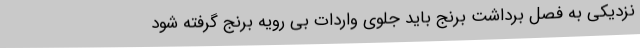
نزدیکی به فصل برداشت برنج باید جلوی واردات بی رویه برنج گرفته شود